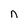
Character: n